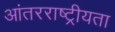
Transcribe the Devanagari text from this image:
आंतरराष्ट्रीयता